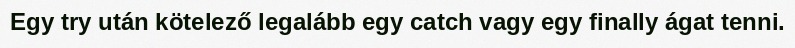
Egy try után kötelező legalább egy catch vagy egy finally ágat tenni.